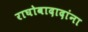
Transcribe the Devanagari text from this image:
राघोबादादांना